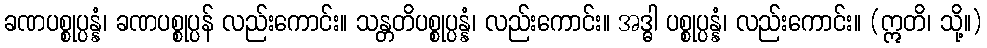
ခဏပစ္စုပ္ပန္နံ၊ ခဏပစ္စုပ္ပန် လည်းကောင်း။ သန္တတိပစ္စုပ္ပန္နံ၊ လည်းကောင်း။ အဒ္ဓါ ပစ္စုပ္ပန္နံ၊ လည်းကောင်း။ (ဣတိ၊ သို့။)